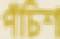
পঁচিশ